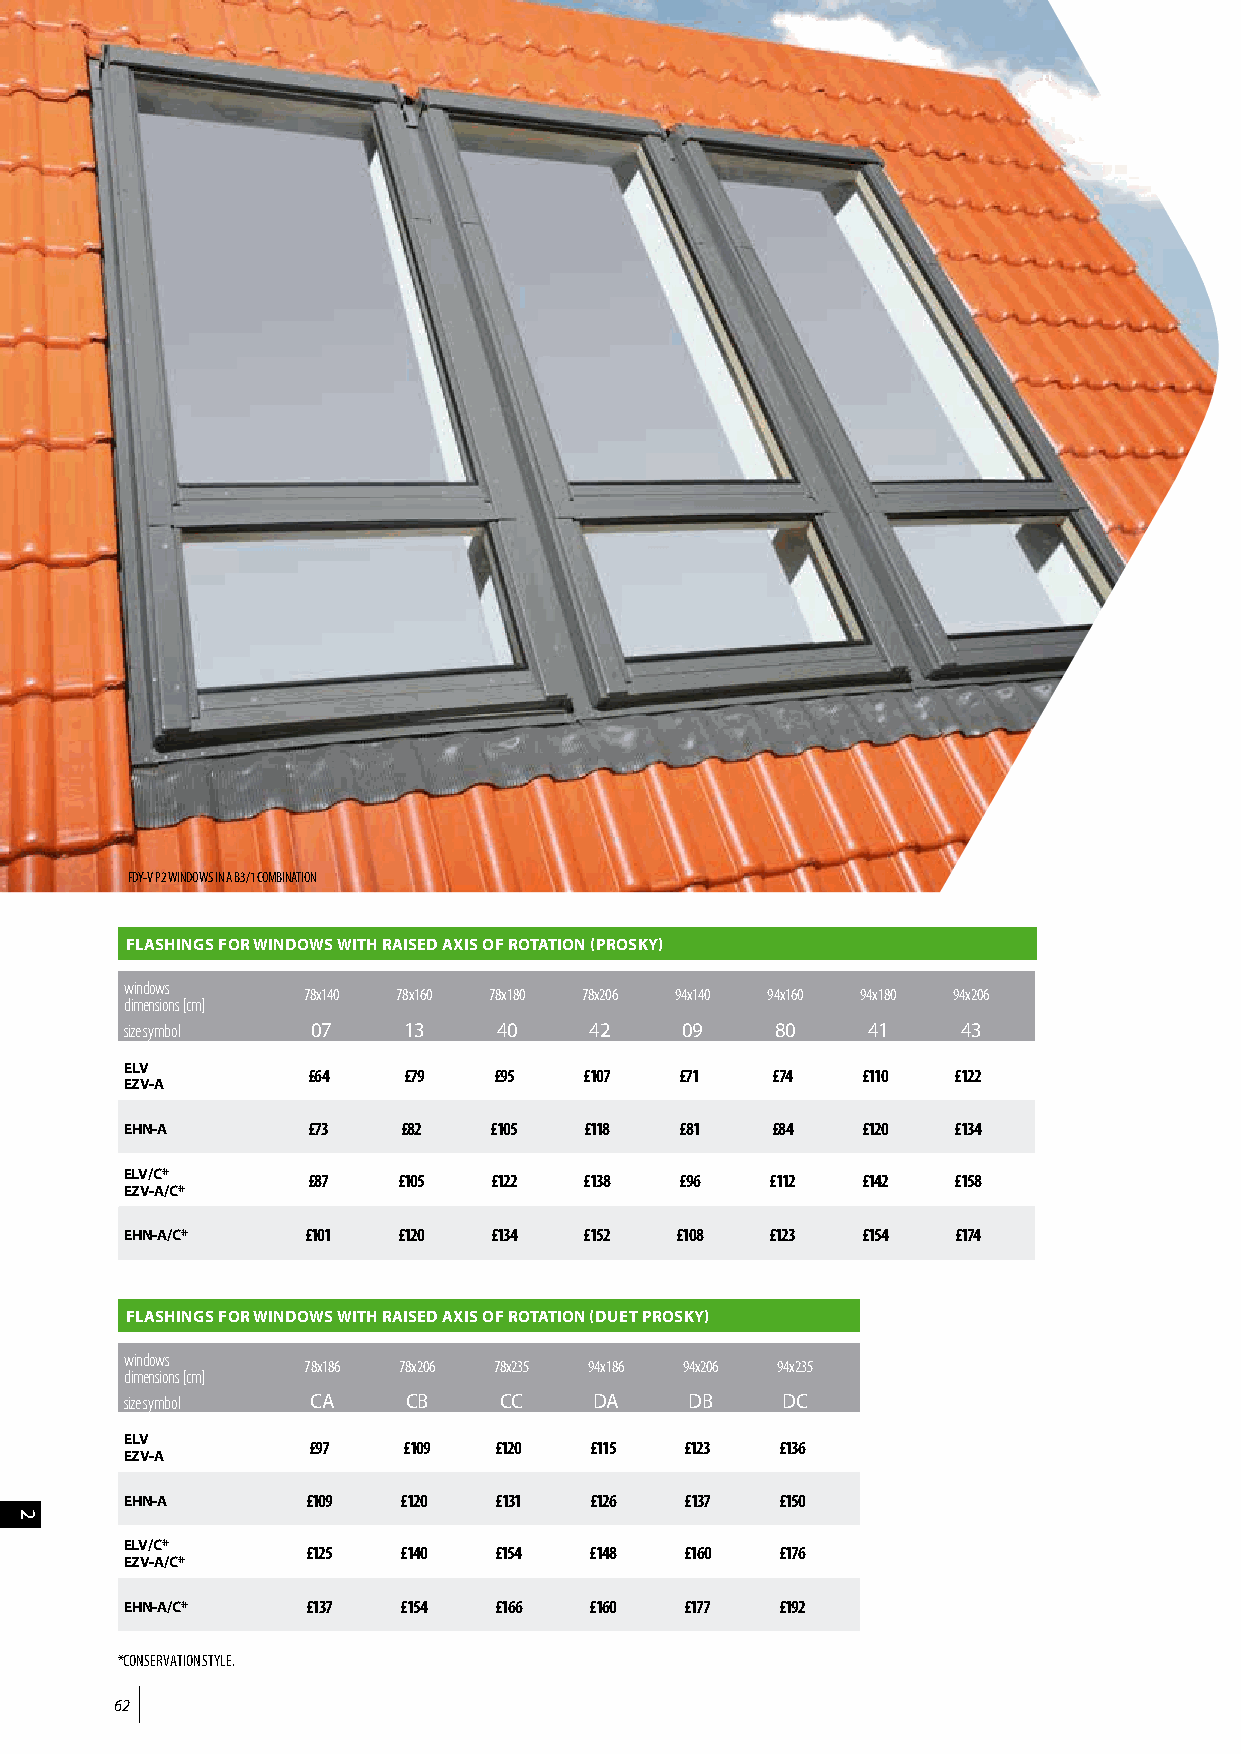
FDY-V P2 WINDOWS IN A B3/1 COMBINATION
 FLASHINGS FOR WINDOWS WITH RAISED AXIS OF ROTATION (PROSKY)
 windows
 78x140 78x160 78x180 78x206 94x140 94x160 94x180 94x206
 dimensions [cm]
 size symbol  07    13    40    42    09    80    41     43
 ELV
 £64    £79   £95   £107  £71   £74   £110  £122
 EZV-A
 EHN-A       £73    £82  £105   £118  £81   £84   £120  £134
 ELV/C*      £87   £105  £122   £138  £96   £112  £142  £158
 EZV-A/C*
 EHN-A/C*    £101  £120  £134   £152  £108  £123  £154  £174
 FLASHINGS FOR WINDOWS WITH RAISED AXIS OF ROTATION (DUET PROSKY)
 windows
 78x186 78x206 78x235 94x186 94x206 94x235
 dimensions [cm]
 size symbol  CA    CB    CC    DA     DB    DC
 ELV
 £97    £109  £120  £115  £123   £136
 EZV-A
 EHN-A       £109  £120   £131  £126  £137   £150
 ELV/C*      £125  £140   £154  £148  £160   £176
 EZV-A/C*
 EHN-A/C*    £137  £154   £166  £160  £177   £192
 *CONSERVATION STYLE.
 62
 2